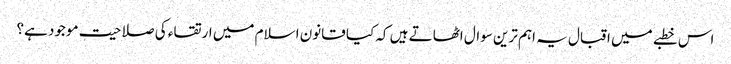
اس خطبے میں اقبال یہ اہم ترین سوال اٹھاتے ہیں کہ کیا قانون اسلام میں ارتقاء کی صلاحیت موجود ہے؟